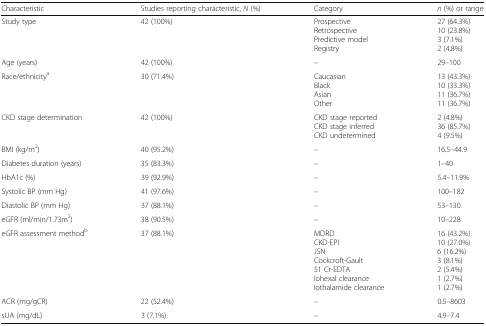
| Characteristic | Studies reporting characteristic, N (%) | Category | n (%) or range |
 | --- | --- | --- | --- |
 | Study type | 42 (100%) | ProspectiveRetrospectivePredictive modelRegistry | 27 (64.3%)10 (23.8%)3 (7.1%)2 (4.8%) |
 | Age (years) | 42 (100%) | – | 29–100 |
 | Race/ethnicitya | 30 (71.4%) | CaucasianBlackAsianOther | 13 (43.3%)10 (33.3%)11 (36.7%)11 (36.7%) |
 | CKD stage determination | 42 (100%) | CKD stage reportedCKD stage inferredCKD undetermined | 2 (4.8%)36 (85.7%)4 (9.5%) |
 | BMI (kg/m2) | 40 (95.2%) | – | 16.5–44.9 |
 | Diabetes duration (years) | 35 (83.3%) | – | 1–40 |
 | HbA1c (%) | 39 (92.9%) | – | 5.4–11.9% |
 | Systolic BP (mm Hg) | 41 (97.6%) | – | 100–182 |
 | Diastolic BP (mm Hg) | 37 (88.1%) | – | 53–130 |
 | eGFR (ml/min/1.73m2) | 38 (90.5%) | – | 10–228 |
 | eGFR assessment methodb | 37 (88.1%) | MDRDCKD-EPIJSNCockcroft-Gault51 Cr-EDTAIohexal clearanceIothalamide clearance | 16 (43.2%)10 (27.0%)6 (16.2%)3 (8.1%)2 (5.4%)1 (2.7%)1 (2.7%) |
 | ACR (mg/gCR) | 22 (52.4%) | – | 0.5–8603 |
 | sUA (mg/dL) | 3 (7.1%) | – | 4.9–7.4 |